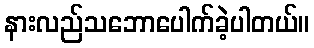
နားလည်သဘောပေါက်ခဲ့ပါတယ်။